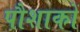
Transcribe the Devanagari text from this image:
पौशाकों